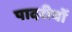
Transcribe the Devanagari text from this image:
पादरीयों